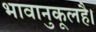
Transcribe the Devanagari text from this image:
भावानुकूलहै।